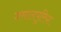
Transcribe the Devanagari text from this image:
जमालपुरिया